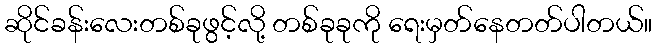
ဆိုင်ခန်းလေးတစ်ခုဖွင့်လို့ တစ်ခုခုကို ရေးမှတ်နေတတ်ပါတယ်။